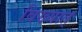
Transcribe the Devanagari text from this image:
विख्यात्